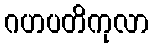
ဂဟပတိကုလာ